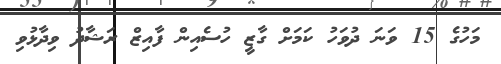
މަހުގެ 15 ވަނަ ދުވަހު ކަމަށް ގާޒީ ހުސެއިން ފާއިޒް ރަޝާދު ވިދާޅުވި